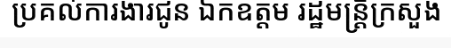
ប្រគល់ការងារជូន ឯកឧត្តម រដ្ឋមន្ត្រីក្រសួង